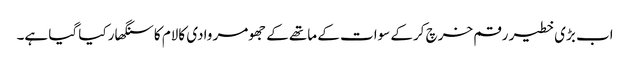
اب بڑی خطیر رقم خرچ کرکے سوات کے ماتھے کے جھومر وادی کالام کا سنگھار کیا گیا ہے۔